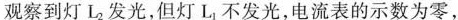
观察到灯L_{2}发光，但灯L_{1}不发光，电流表的示数为零，